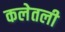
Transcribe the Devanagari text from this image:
कलेतली